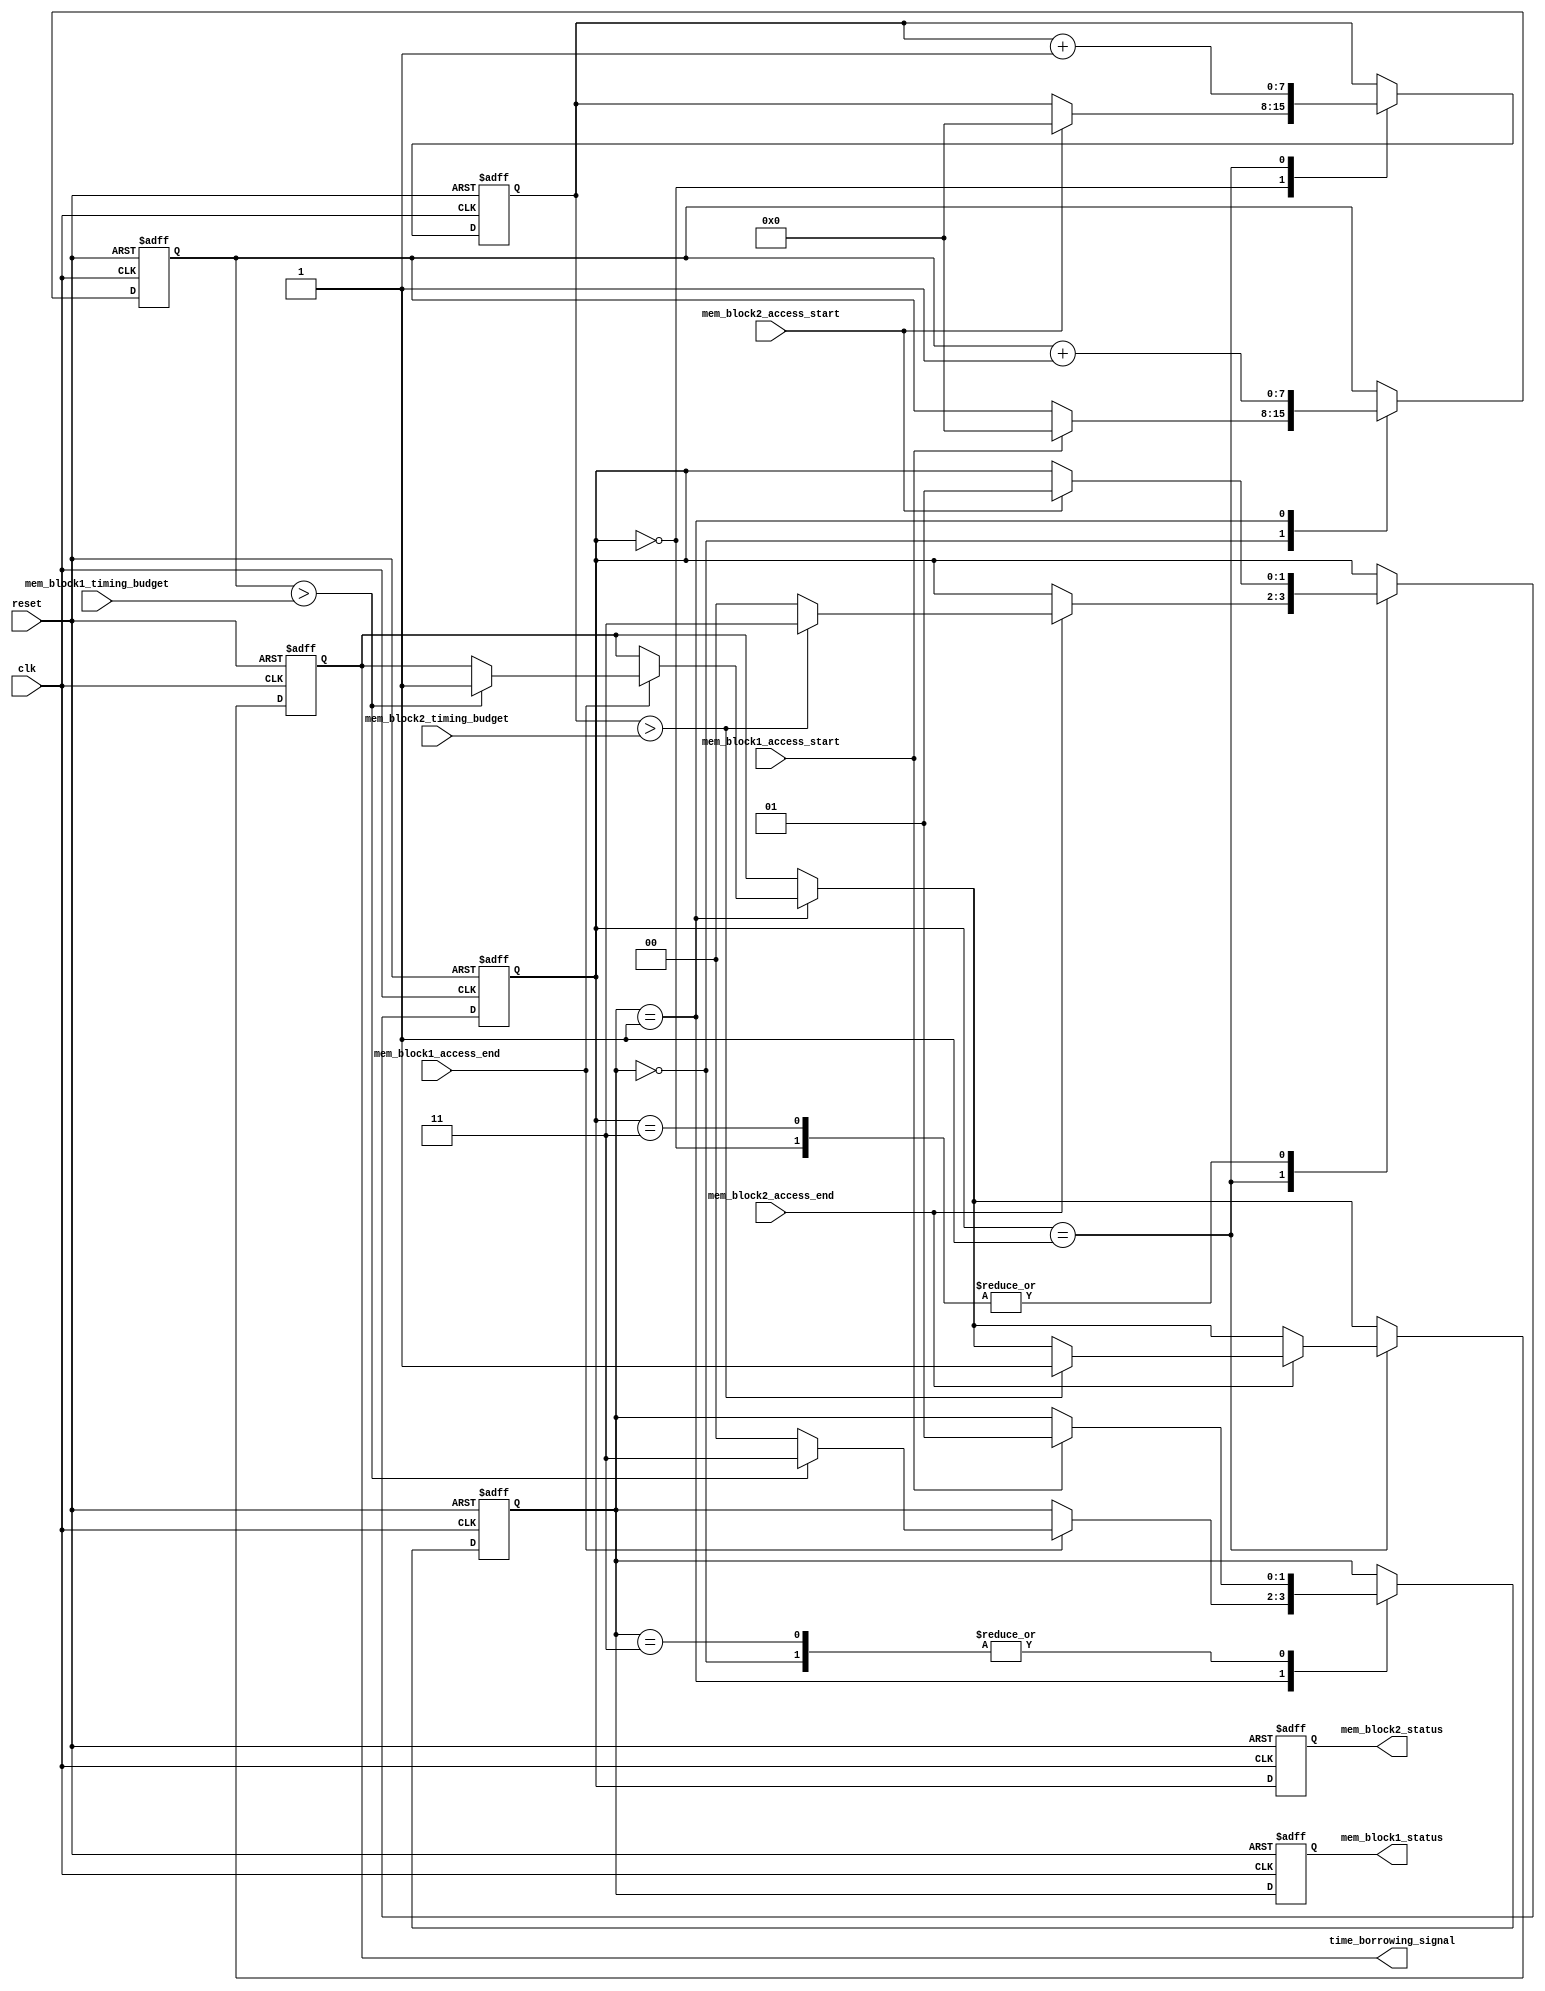
module MemoryBlocksTimeBorrowingDetector (
    input wire clk,
    input wire reset,
    input wire mem_block1_access_start,
    input wire mem_block1_access_end,
    input wire mem_block2_access_start,
    input wire mem_block2_access_end,
    input wire [7:0] mem_block1_timing_budget, // Timing budget for memory block 1
    input wire [7:0] mem_block2_timing_budget, // Timing budget for memory block 2
    output reg time_borrowing_signal,
    output reg [1:0] mem_block1_status, // 00: idle, 01: active, 10: borrow, 11: error
    output reg [1:0] mem_block2_status  // 00: idle, 01: active, 10: borrow, 11: error
);

    // State definitions
    localparam IDLE = 2'b00;
    localparam ACTIVE = 2'b01;
    localparam BORROW = 2'b10;
    localparam ERROR = 2'b11;

    // Timing counters
    reg [7:0] mem_block1_counter;
    reg [7:0] mem_block2_counter;

    // State registers
    reg [1:0] mem_block1_state;
    reg [1:0] mem_block2_state;

    // Reset and state initialization
    always @(posedge clk or posedge reset) begin
        if (reset) begin
            mem_block1_counter <= 8'b0;
            mem_block2_counter <= 8'b0;
            mem_block1_state <= IDLE;
            mem_block2_state <= IDLE;
            time_borrowing_signal <= 1'b0;
            mem_block1_status <= 2'b00;
            mem_block2_status <= 2'b00;
        end else begin
            // Memory Block 1 State Machine
            case (mem_block1_state)
                IDLE: begin
                    if (mem_block1_access_start) begin
                        mem_block1_state <= ACTIVE;
                        mem_block1_counter <= 8'b0;
                    end
                end
                ACTIVE: begin
                    mem_block1_counter <= mem_block1_counter + 1;
                    if (mem_block1_access_end) begin
                        if (mem_block1_counter > mem_block1_timing_budget) begin
                            mem_block1_state <= ERROR;
                            time_borrowing_signal <= 1'b1; // Time borrowing detected
                        end else begin
                            mem_block1_state <= IDLE;
                        end
                    end
                end
                ERROR: begin
                    mem_block1_status <= ERROR;
                    if (mem_block1_access_start) begin
                        mem_block1_state <= ACTIVE; // Reset state on new access
                    end
                end
            endcase

            // Memory Block 2 State Machine
            case (mem_block2_state)
                IDLE: begin
                    if (mem_block2_access_start) begin
                        mem_block2_state <= ACTIVE;
                        mem_block2_counter <= 8'b0;
                    end
                end
                ACTIVE: begin
                    mem_block2_counter <= mem_block2_counter + 1;
                    if (mem_block2_access_end) begin
                        if (mem_block2_counter > mem_block2_timing_budget) begin
                            mem_block2_state <= ERROR;
                            time_borrowing_signal <= 1'b1; // Time borrowing detected
                        end else begin
                            mem_block2_state <= IDLE;
                        end
                    end
                end
                ERROR: begin
                    mem_block2_status <= ERROR;
                    if (mem_block2_access_start) begin
                        mem_block2_state <= ACTIVE; // Reset state on new access
                    end
                end
            endcase

            // Update status signals
            mem_block1_status <= mem_block1_state;
            mem_block2_status <= mem_block2_state;
        end
    end
endmodule